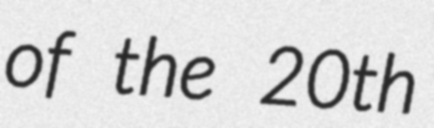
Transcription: of the 20th